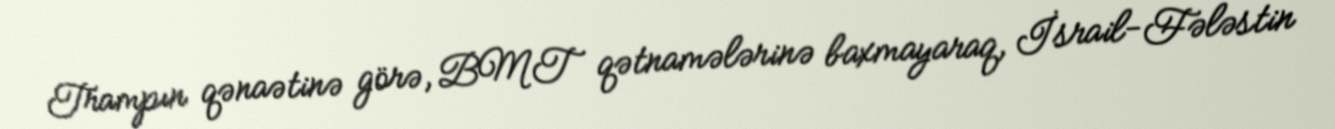
Trampın qənaətinə görə, BMT qətnamələrinə baxmayaraq, İsrail-Fələstin